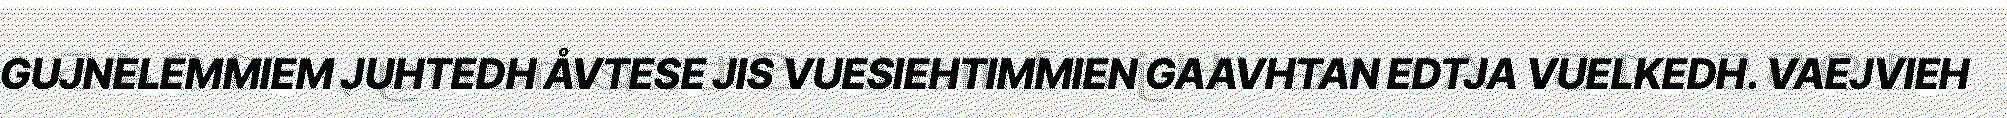
GUJNELEMMIEM JUHTEDH ÅVTESE JIS VUESIEHTIMMIEN GAAVHTAN EDTJA VUELKEDH. VAEJVIEH